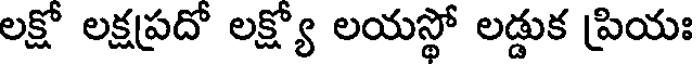
లక్షో లక్షప్రదో లక్ష్యో లయస్థో లడ్డుక ప్రియః